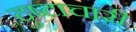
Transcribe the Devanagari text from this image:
दुष्टाचारी